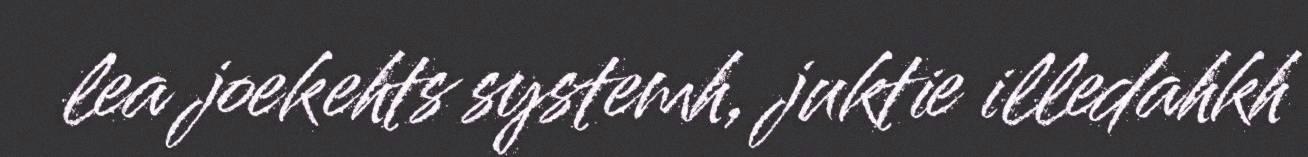
lea joekehts systemh, juktie illedahkh